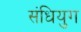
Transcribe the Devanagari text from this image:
संधियुग